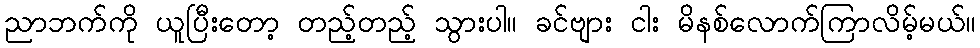
ညာဘက်ကို ယူပြီးတော့ တည့်တည့် သွားပါ။ ခင်ဗျား ငါး မိနစ်လောက်ကြာလိမ့်မယ်။